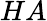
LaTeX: HA